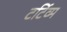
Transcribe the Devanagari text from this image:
टर्टिव्म